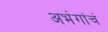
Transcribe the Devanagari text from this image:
अभंगांचं